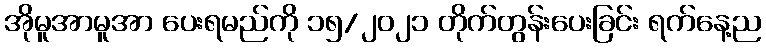
အိုမူအာမူအာ ပေးရမည်ကို ၁၅/၂၀၂၁ တိုက်တွန်းပေးခြင်း ရက်နေ့ည